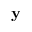
\mathbf { y }